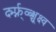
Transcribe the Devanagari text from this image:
र्द्म्फ्न्व्ब्क्ष्च्क्ष्व